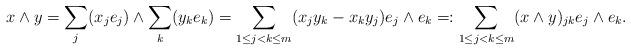
LaTeX: \begin{align*} x\wedge y=\sum_{j }(x_j e_j)\wedge\sum_k (y_k e_k)= \sum_{1\leq j<k\leq m}(x_jy_k-x_ky_j)e_j\wedge e_k =:\sum_{1\leq j<k\leq m}(x\wedge y)_{jk}e_j\wedge e_k.\end{align*}